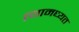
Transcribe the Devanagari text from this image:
त्यामध्यत